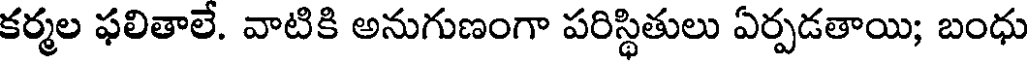
కర్మల ఫలితాలే. వాటికి అనుగుణంగా పరిస్థితులు ఏర్పడతాయి; బంధు